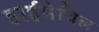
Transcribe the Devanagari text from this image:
डाईमेथिल